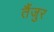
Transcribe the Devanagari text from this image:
तैंजुर